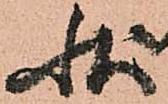
状